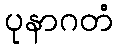
ပုနာဂတံ